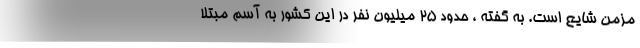
مزمن شایع است. به گفته ، حدود 25 میلیون نفر در این کشور به آسم مبتلا